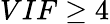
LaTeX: VIF\ge 4